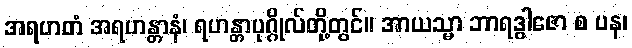
အရဟတံ အရဟန္တာနံ၊ ရဟန္တာပုဂ္ဂိုလ်တို့တွင်။ အာယသ္မာ ဘာရဒွါဇော စ ပန၊